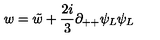
w = \tilde { w } + { \frac { 2 i } { 3 } } \partial _ { + + } \psi _ { L } \psi _ { L }